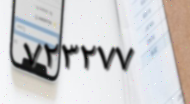
٧٢٣٢٧٧